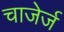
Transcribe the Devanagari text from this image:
चाजेर्ज